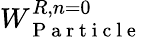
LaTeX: W_{\mathrm{~P~a~r~t~i~c~l~e~}}^{R,n=0}